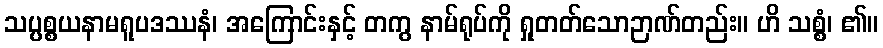
သပ္ပစ္စယနာမရူပဒဿနံ၊ အကြောင်းနှင့် တကွ နာမ်ရုပ်ကို ရှုတတ်သောဉာဏ်တည်း။ ဟိ သစ္စံ၊ ၏။